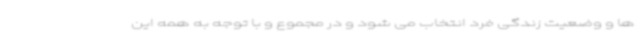
ها و وضعیت زندگی فرد انتخاب می شود و در مجموع و با توجه به همه این